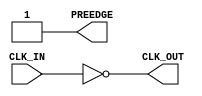

`ifdef BSV_ASSIGNMENT_DELAY
`else
`define BSV_ASSIGNMENT_DELAY
`endif

module ClockInverter(CLK_IN, PREEDGE,  CLK_OUT);

   input     CLK_IN;            // input clock
   output    PREEDGE;           // output signal announcing an upcoming edge
   output    CLK_OUT;           // output clock

   wire      CLK_OUT;
   wire      PREEDGE;
   
   assign    CLK_OUT = ! CLK_IN ;
   assign    PREEDGE = 1 ;
   
endmodule // ClockInverter